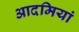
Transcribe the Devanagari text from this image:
आदमियां